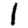
Digit: 1